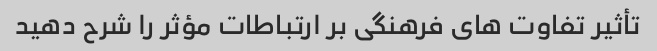
تأثیر تفاوت های فرهنگی بر ارتباطات مؤثر را شرح دهید